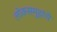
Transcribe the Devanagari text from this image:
लोकसमुहांचे